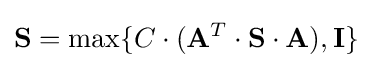
{\mathbf {S} }=\max\{C\cdot (\mathbf {A} ^{T}\cdot {\mathbf {S} }\cdot {\mathbf {A} }),{\mathbf {I} }\}